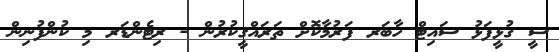
ސީ ގުޅީފަޅު ސައިޓް ހާބަރ ފަރުމާކޮށް ތަރައްޤީކުރުން - ރިޓެންޑަރ މި ކުންފުނިން